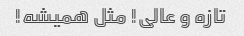
تازه و عالی! مثل همیشه!